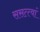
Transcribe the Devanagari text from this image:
ससत्त्वां